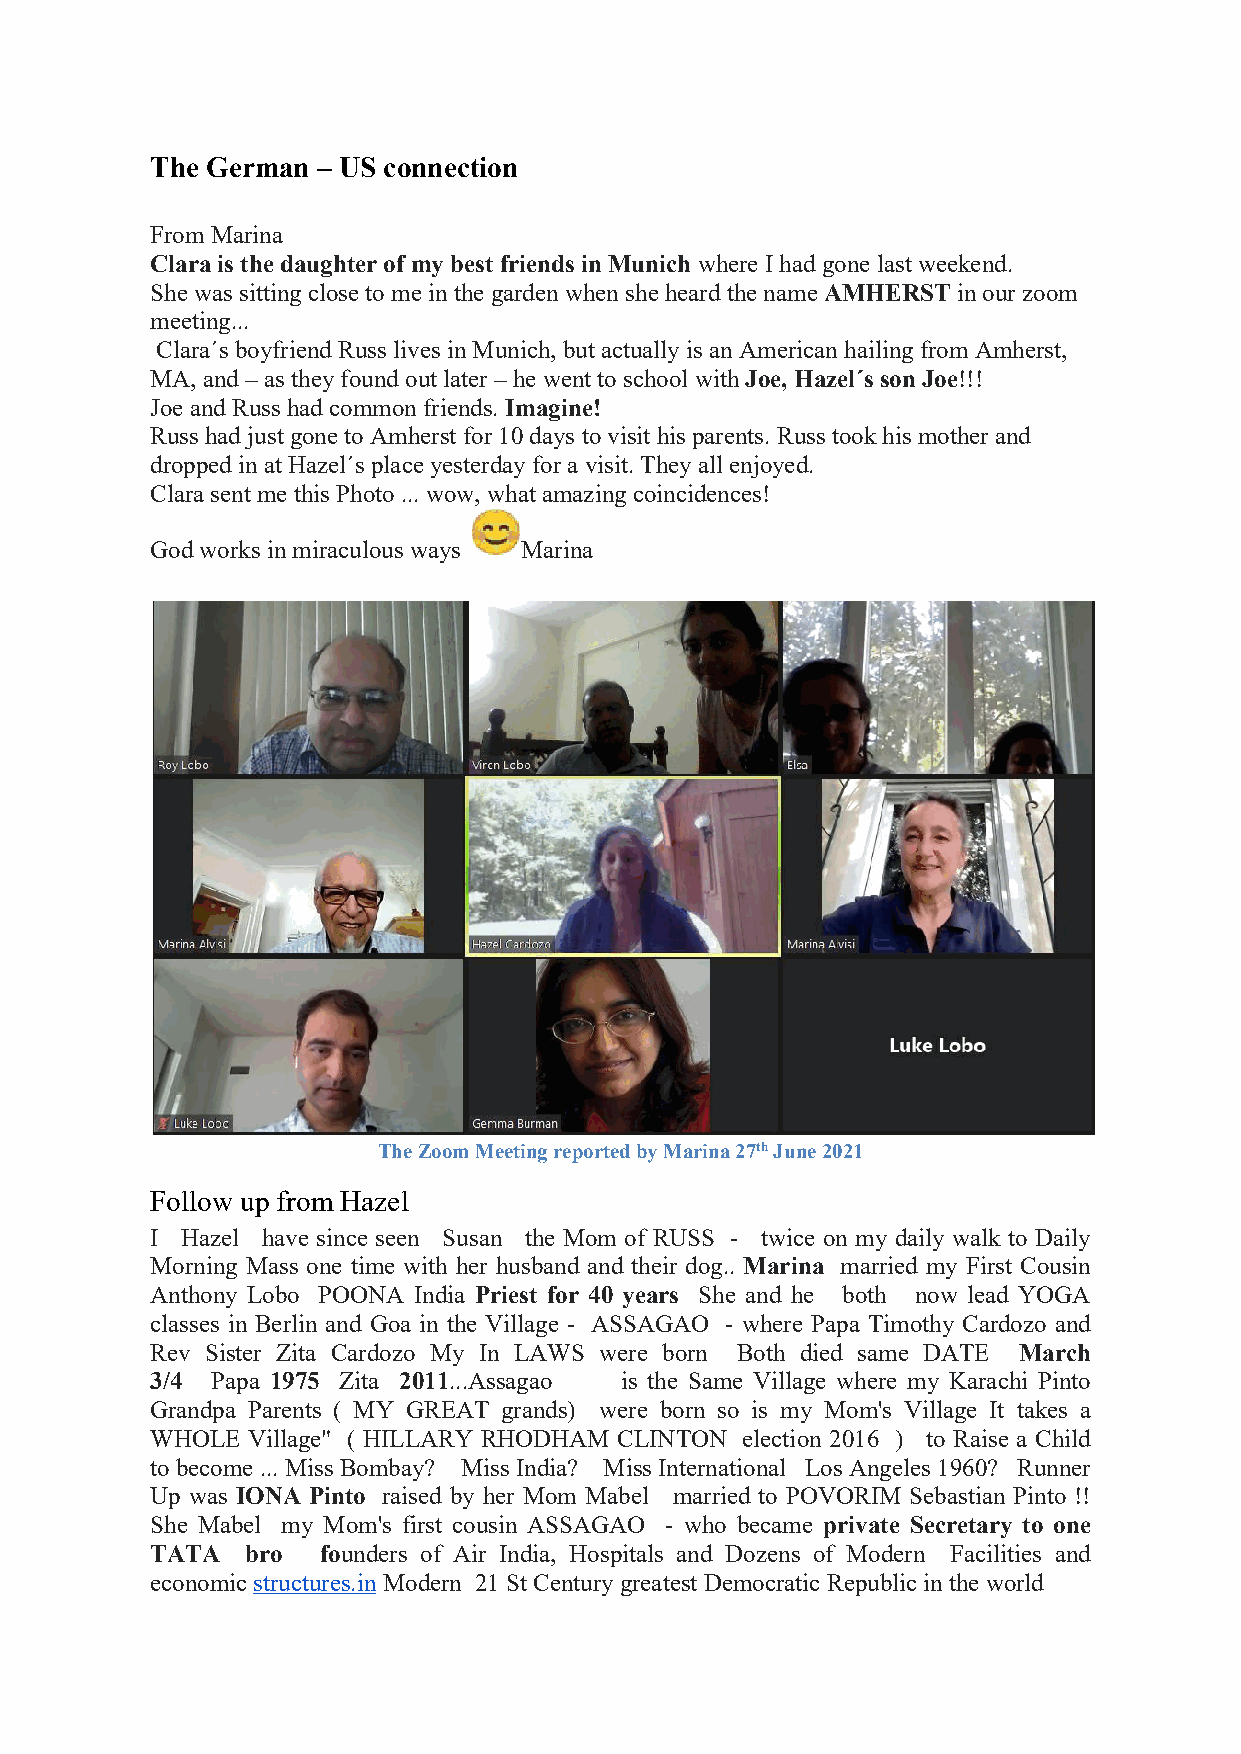
The German – US connection
 From Marina
 Clara is thedaughter ofmy bestfriendsinMunich where Ihad gone last weekend.
 Shewas sittingclose to mein thegarden when sheheard thenameAMHERST in ourzoom
 meeting...
 Clara´s boyfriend Russ lives inMunich, butactually isan American hailing from Amherst,
 MA, and –as they found out later –hewent to school with Joe, Hazel´s sonJoe!!!
 Joeand Russ had common friends. Imagine!
 Russhad justgone to Amherst for10days tovisit hisparents. Russ tookhis motherand
 dropped in at Hazel´s place yesterday fora visit.They all enjoyed.
 Clarasent me thisPhoto...wow, what amazing coincidences!
 God works in miraculous ways Marina
 TheZoomMeetingreportedbyMarina27thJune2021
 Follow up from Hazel
 I Hazel have since seen Susan the Mom of RUSS - twice on my daily walk to Daily
 Morning Mass one time with her husband and their dog.. Marina married my First Cousin
 Anthony Lobo POONA India Priest for 40 years She and he both now lead YOGA
 classes in Berlin and Goa in the Village - ASSAGAO - where Papa Timothy Cardozo and
 Rev Sister Zita Cardozo My In LAWS were born Both died same DATE March
 3/4 Papa 1975 Zita 2011...Assagao is the Same Village where my Karachi Pinto
 Grandpa Parents ( MY GREAT grands) were born so is my Mom's Village It takes a
 WHOLE Village" ( HILLARY RHODHAM CLINTON election 2016 ) to Raise a Child
 tobecome ...Miss Bombay? Miss India? Miss International Los Angeles 1960? Runner
 Up was IONA Pinto raised by her Mom Mabel married to POVORIM Sebastian Pinto !!
 She Mabel my Mom's first cousin ASSAGAO - who became private Secretary to one
 TATA  bro  founders of Air India, Hospitals and Dozens of Modern Facilities and
 economicstructures.in Modern 21StCentury greatest Democratic Republicintheworld